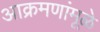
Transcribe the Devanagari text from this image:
आक्रमणांमूळे